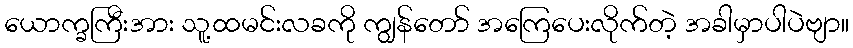
ယောက္ခကြီးအား သူ့ထမင်းလခကို ကျွန်တော် အကြေပေးလိုက်တဲ့ အခါမှာပါပဲဗျာ။